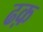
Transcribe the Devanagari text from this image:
ढक़